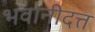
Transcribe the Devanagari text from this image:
भवानीदत्त